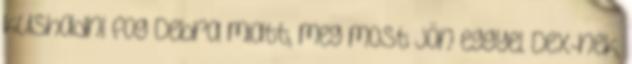
kushadni fog Debra miatt, meg most jön eggyel Dex-nek,